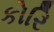
કોરિ